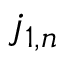
j _ { 1 , n }